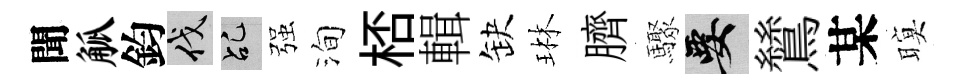
聞觚鈞伐乩强洵桮輯缺琳臍驟要鷥某暝